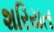
શરિયત